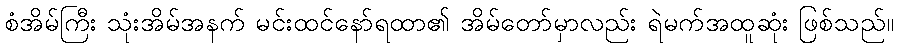
စံအိမ်ကြီး သုံးအိမ်အနက် မင်းထင်နော်ရထာ၏ အိမ်တော်မှာလည်း ရဲမက်အထူဆုံး ဖြစ်သည်။